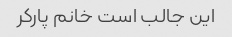
این جالب است خانم پارکر